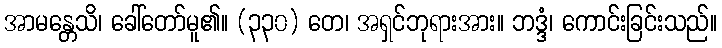
အာမန္တေသိ၊ ခေါ်တော်မူ၏။ (၃၃၀) တေ၊ အရှင်ဘုရားအား။ ဘဒ္ဒံ၊ ကောင်းခြင်းသည်။